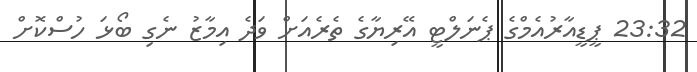
23:32 ޕީޑީއާރުއެމްގެ ޕެނަލްޓީ އޭރިޔާގެ ތެރެއަށް ވަދެ އިމާޒު ނެގި ބޯޅަ ހުސްކޮށް